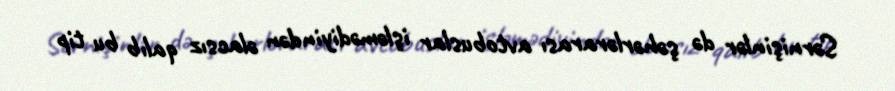
Sərnişinlər də şəhərlərarası avtobuslar işləmədiyindən əlacsız qalıb bu tip